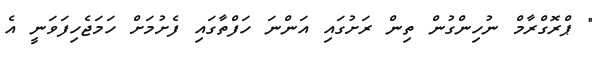
" ޕްރޮގްރާމް ނުހިންގުން ތިން ރަށުގައި އަންނަ ހަފްތާގައި ފެށުމަށް ހަމަޖެހިފަވަނީ އެ